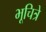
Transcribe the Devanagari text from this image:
भूचित्रे